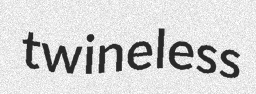
twineless